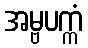
အမ္ဗပက္ကံ